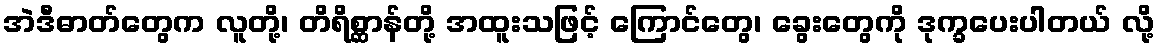
အဲဒီဓာတ်တွေက လူတို့၊ တိရိစ္ဆာန်တို့ အထူးသဖြင့် ကြောင်တွေ၊ ခွေးတွေကို ဒုက္ခပေးပါတယ် လို့